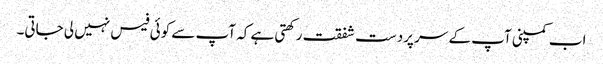
اب کمپنی آپ کے سر پردست شفقت رکھتی ہے کہ آپ سے کوئی فیس نہیں لی جاتی۔